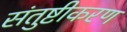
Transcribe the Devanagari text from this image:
संतुष्टीकरण